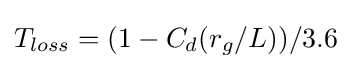
T_{loss}=(1-C_{d}(r_{g}/L))/3.6